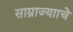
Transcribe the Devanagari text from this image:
साम्राज्यााचे